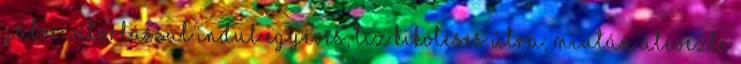
Gábor vitorlással indul egyéves, tíz kikötéses útra, miután átevezte